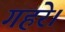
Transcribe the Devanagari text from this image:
गहरे।